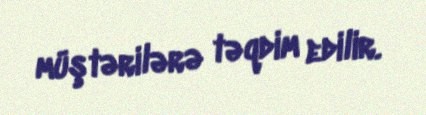
müştərilərə təqdim edilir.